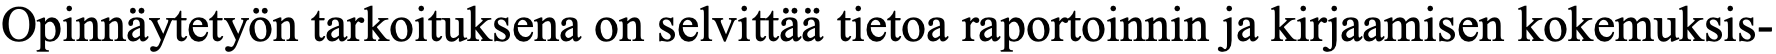
Opinnäytetyön tarkoituksena on selvittää tietoa raportoinnin ja kirjaamisen kokemuksis-